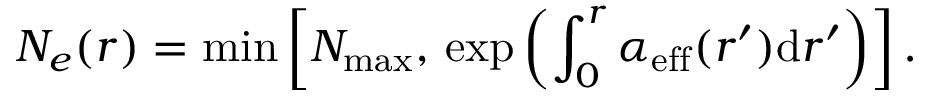
N _ { e } ( r ) = \operatorname* { m i n } \left[ N _ { \mathrm { m a x } } , \, \exp \left( \int _ { 0 } ^ { r } \alpha _ { \mathrm { e f f } } ( r ^ { \prime } ) \mathrm { d } r ^ { \prime } \right) \right] .